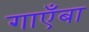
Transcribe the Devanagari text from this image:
गाएँबा